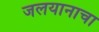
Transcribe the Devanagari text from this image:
जलयानाचा